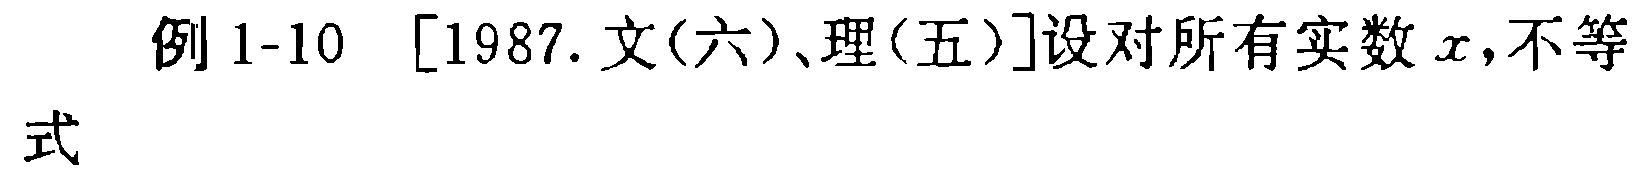
例 1-10 [1987.文(六)、理(五)]设对所有实数 \(x\)，不等式